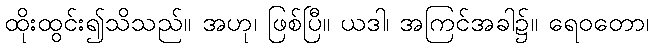
ထိုးထွင်း၍သိသည်။ အဟု၊ ဖြစ်ပြီ။ ယဒါ၊ အကြင်အခါ၌။ ရေဝတော၊